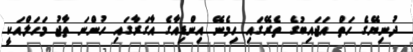
ދުނިޔޭގެ ހަތް އަޖައިބުގެ ތެރޭގައި ހިމެނޭ އިންޑިއާގެ އާގަރާގައި ހުންނަ ތާޖު މަހަލްއަކީ